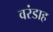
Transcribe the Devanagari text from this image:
वरंडाह